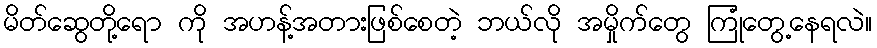
မိတ်ဆွေတို့ရော ကို အဟန့်အတားဖြစ်စေတဲ့ ဘယ်လို အမှိုက်တွေ ကြုံတွေ့နေရလဲ။